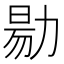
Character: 𠢃